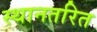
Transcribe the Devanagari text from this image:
स्थानतरित